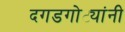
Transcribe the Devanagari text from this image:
दगडगोट्यांनी